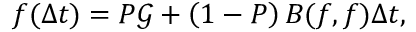
f ( \Delta t ) = P \mathscr { G } + \left( { 1 - P } \right) B ( f , f ) \Delta t ,